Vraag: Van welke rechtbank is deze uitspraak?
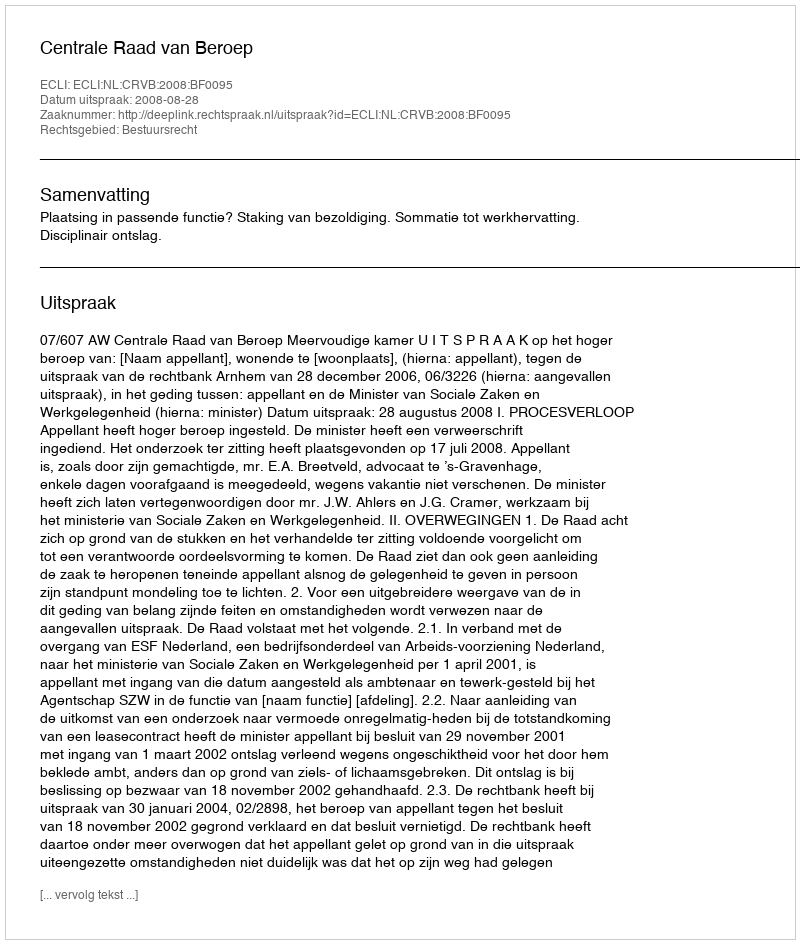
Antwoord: Centrale Raad van Beroep